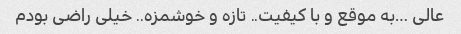
عالی …به موقع و با کیفیت.. تازه و خوشمزه.. خیلی راضی بودم